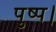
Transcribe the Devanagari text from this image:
पुष्प।